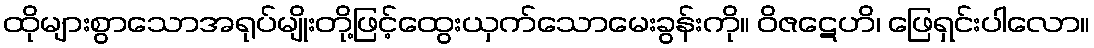
ထိုများစွာသောအရုပ်မျိုးတို့ဖြင့်ထွေးယှက်သောမေးခွန်းကို။ ဝိဇဋေဟိ၊ ဖြေရှင်းပါလော။